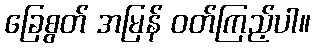
ခြေစွတ် အမြန် ဝတ်ကြည့်ပါ။